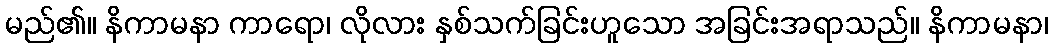
မည်၏။ နိကာမနာ ကာရော၊ လိုလား နှစ်သက်ခြင်းဟူသော အခြင်းအရာသည်။ နိကာမနာ၊